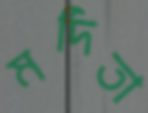
মর্দিতা